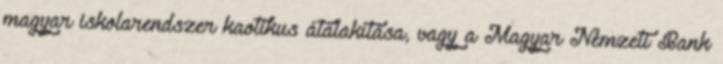
magyar iskolarendszer kaotikus átalakítása, vagy a Magyar Nemzeti Bank